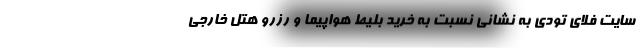
سایت فلای تودی به نشانی نسبت به خرید بلیط هواپیما و رزرو هتل خارجی